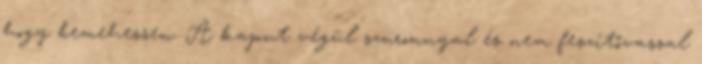
hogy bemehessen. A kaput végül szuronnyal és nem feszítővassal